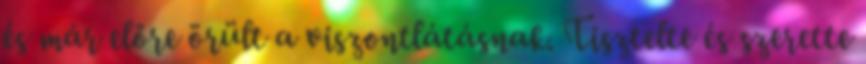
és már előre örült a viszontlátásnak. Tisztelte és szerette